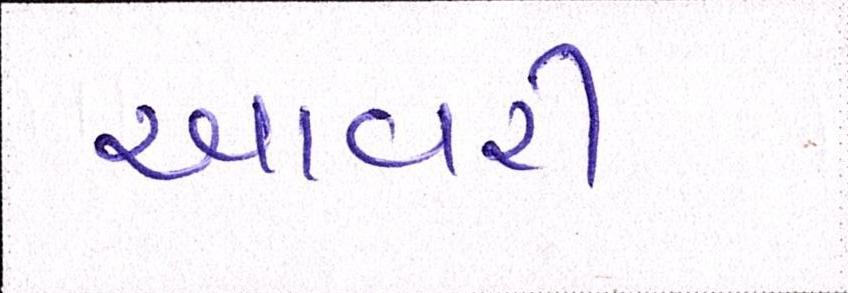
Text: આવરી